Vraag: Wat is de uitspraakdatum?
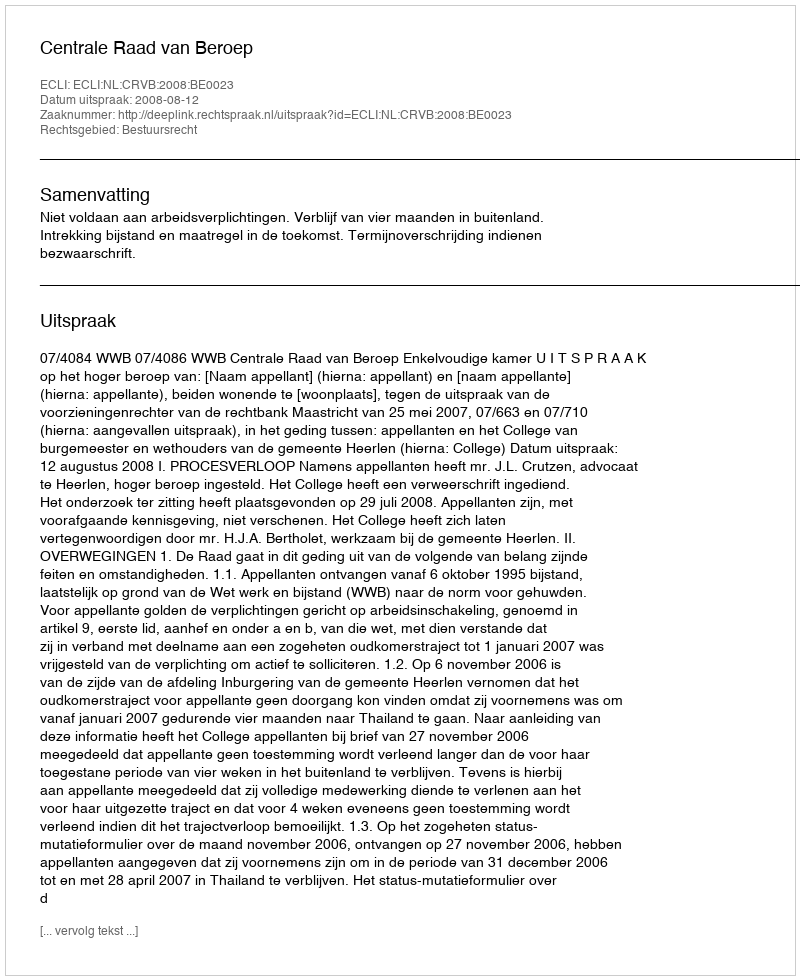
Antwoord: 2008-08-12